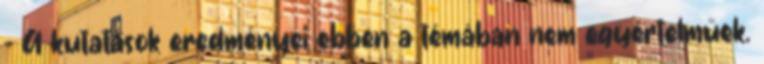
- A kutatások eredményei ebben a témában nem egyértelműek.